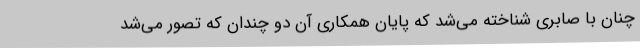
چنان با صابری شناخته می‌شد که پایان همکاری آن دو چندان که تصور می‌شد